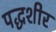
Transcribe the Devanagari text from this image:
पद्धशीर